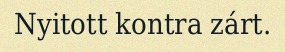
Nyitott kontra zárt.